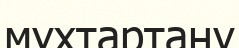
мұхтартану